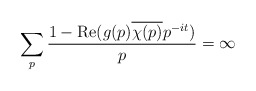
\begin{align*} \sum_p \frac{1 - \operatorname{Re}( g(p) \overline{\chi(p)} p^{-it} )}{p} = \infty\end{align*}